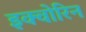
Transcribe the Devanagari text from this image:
इक्वोरिन